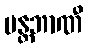
မန္တဘာဏီ